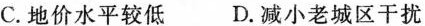
C.地价水平较低 D.减小老城区干扰